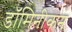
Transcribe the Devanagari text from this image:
डॉमिनीकन